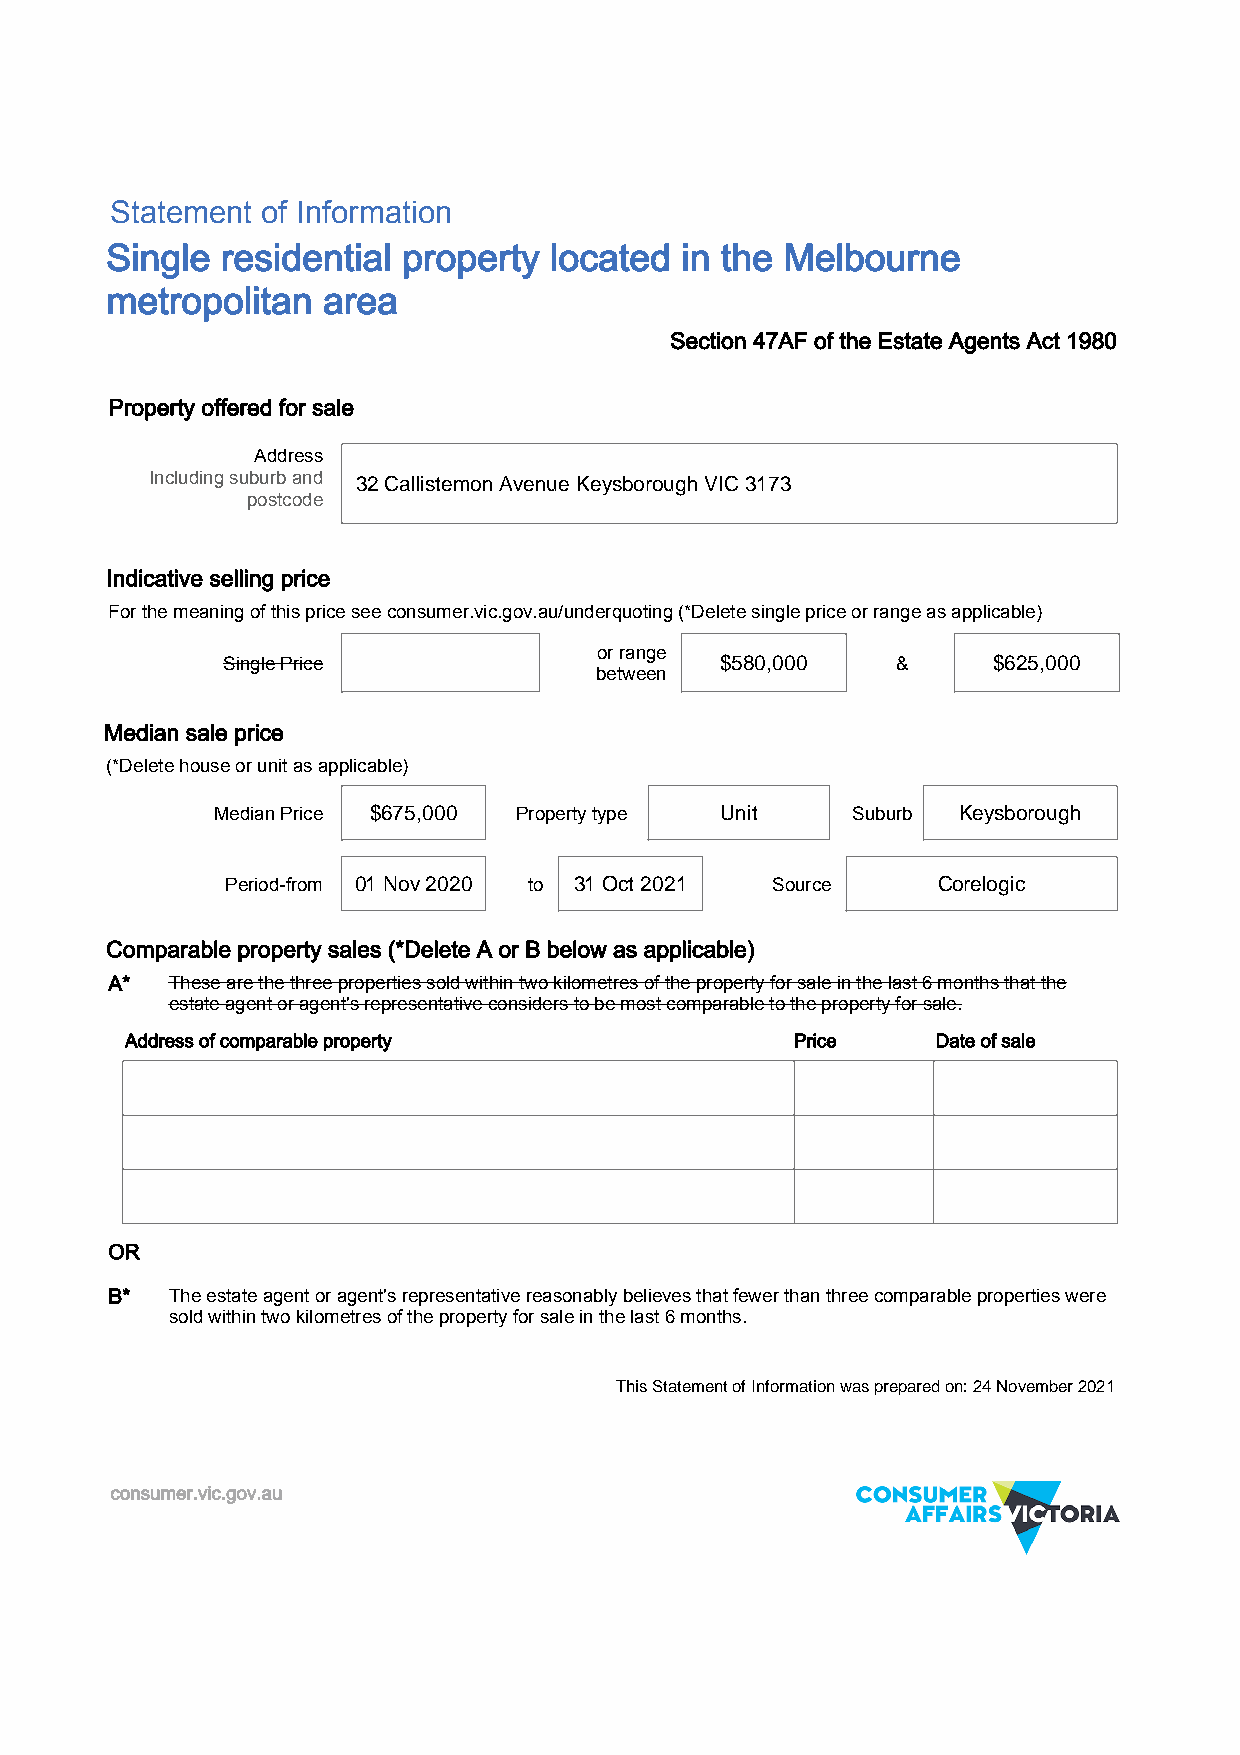
Statement of Information
 Single  residential property located  in the Melbourne
 metropolitan  area
 Section 47AF of the Estate Agents Act 1980
 Property offered for sale
 Address
 Including suburb and 32 Callistemon Avenue Keysborough VIC 3173
 postcode
 Indicative selling price
 For the meaning of this price see consumer.vic.gov.au/underquoting (*Delete single price or range as applicable)
 or range
 Single Price                     $580,000   &      $625,000
 between
 Median sale price
 (*Delete house or unit as applicable)
 Median Price $675,000 Property type Unit  Suburb Keysborough
 Period-from 01 Nov 2020 to 31 Oct 2021 Source  Corelogic
 Comparable property sales (*Delete A or B below as applicable)
 A*  These are the three properties sold within two kilometres of the property for sale in the last 6 months that the
 estate agent or agent's representative considers to be most comparable to the property for sale.
 Address of comparable property               Price    Date of sale
 OR
 B*  The estate agent or agent's representative reasonably believes that fewer than three comparable properties were
 sold within two kilometres of the property for sale in the last 6 months.
 This Statement of Information was prepared on: 24 November 2021
 consumer.vic.gov.au